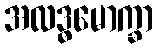
အလဒ္ဓမောက္ခာ